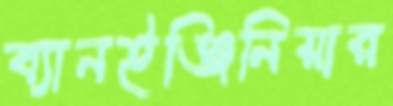
ব্যানইঞ্জিনিয়ার